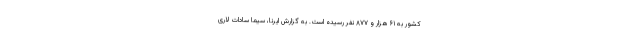
کشور به ۶۱ هزار و ۸۷۷ نفر رسیده است. به گزارش ایرنا، سیما سادات لاری